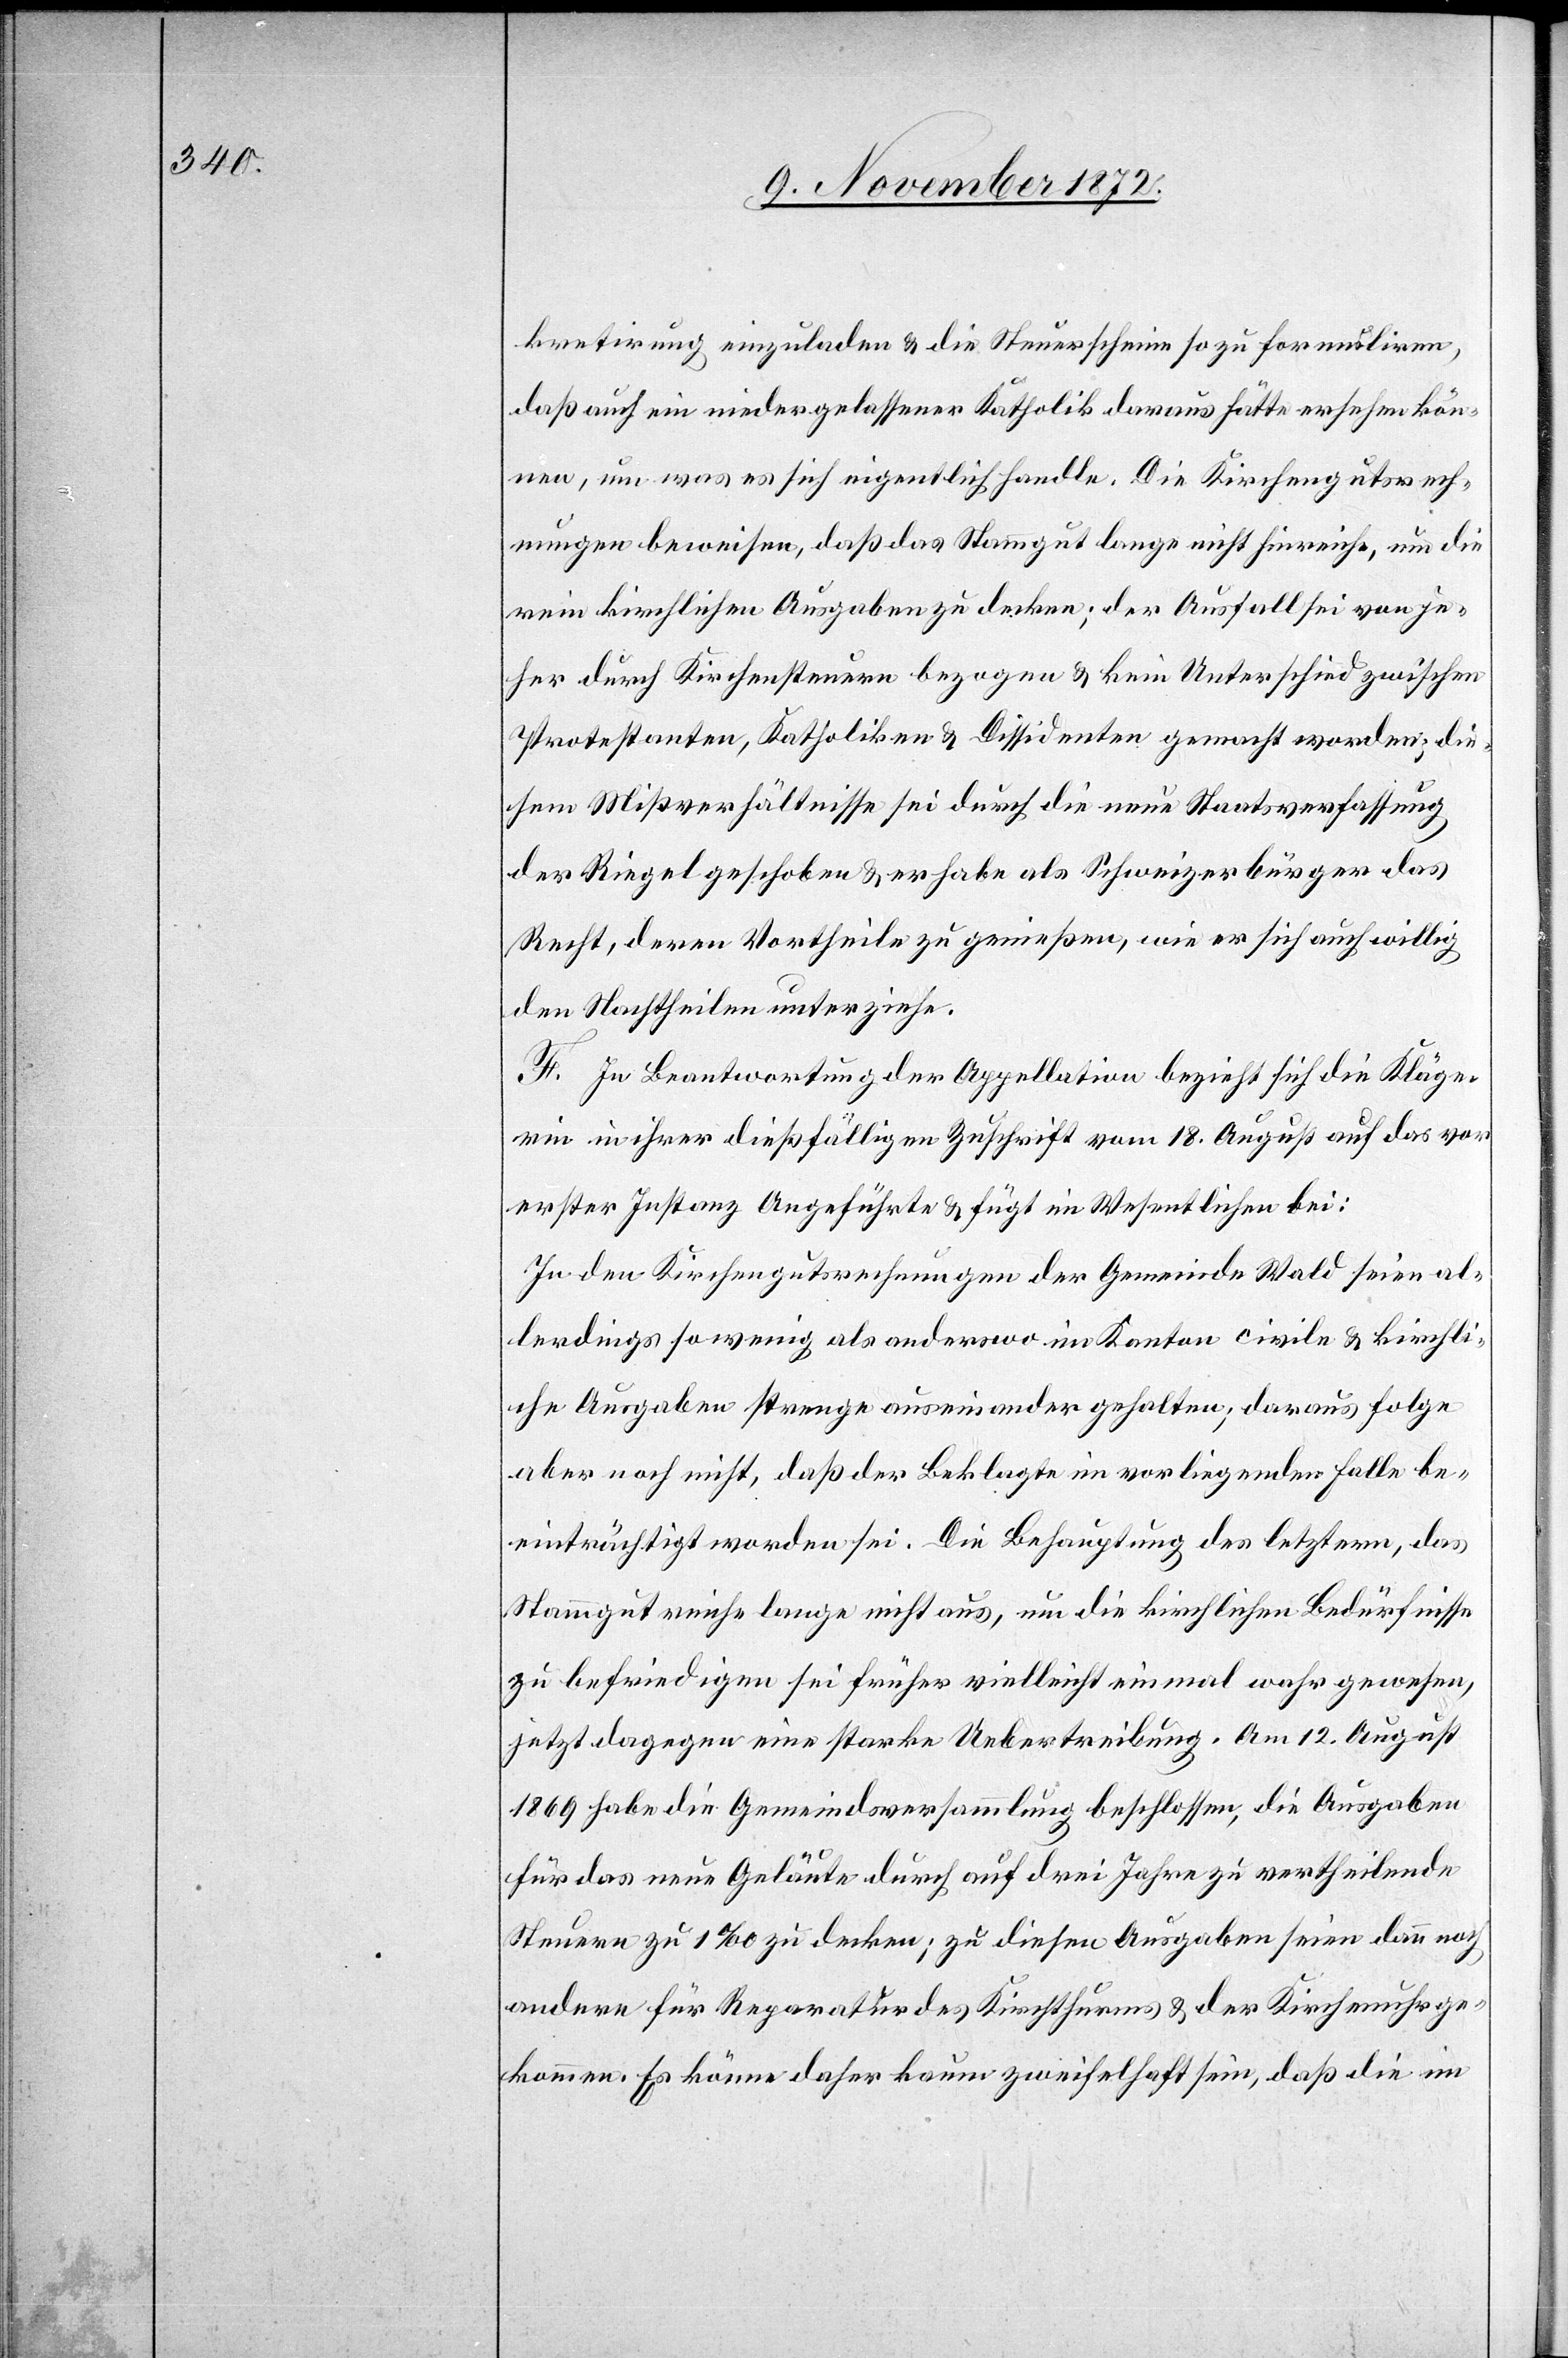
kretirung einzuladen u. die Steuerscheine so zu formuliren,
daß auch ein niedergelassener Katholik daraus hätte ersehen kön¬
nen, um was es sich eigentlich handle. Die Kirchengutsrech¬
nungen beweisen, daß das Stammgut lange nicht hinreiche, um die
rein kirchlichen Ausgaben zu decken; der Ausfall sei von je¬
her durch Kirchensteuern bezogen u. kein Unterschied zwischen
Protestanten, Katholiken u. Dissidenten gemacht worden; die¬
sem Mißverhältnisse sei durch die neue Staatsverfassung
der Riegel geschoben u. er habe als Schweizerbürger das
Recht, deren Vortheile zu genießen, wie er sich auch willig
den Nachtheilen unterziehe.
F. In Beantwortung der Appellation bezieht sich die Kläge¬
rin in ihrer dießfälligen Zuschrift vom 18. August auf das vor
erster Instanz Angeführte u. fügt im Wesentlichen bei:
In den Kirchengutsrechnungen der Gemeinde Wald seien al¬
lerdings so wenig als anderswo im Kanton civile u. kirchli¬
che Ausgaben strenge auseinander gehalten; daraus folge
aber noch nicht, daß der Beklagte im vorliegenden Falle be¬
einträchtigt worden sei. Die Behauptung des letztern, das
Stammgut reiche lange nicht aus, um die kirchlichen Bedürfnisse
zu befriedigen sei früher vielleicht einmal wahr gewesen,
jetzt dagegen eine starke Uebertreibung. Am 12. August
1869 habe die Gemeindsversammlung beschlossen, die Ausgaben
für das neue Geläute durch auf drei Jahre zu vertheilende
Steuern zu 1‰ zu decken; zu diesen Ausgaben seien dann noch
andere für Reparatur des Kirchthurms u. der Kirchenuhr ge¬
kommen. Es könne daher kaum zweifelhaft sein, daß die im